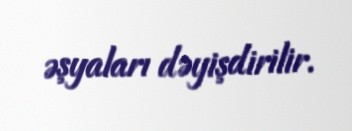
əşyaları dəyişdirilir.